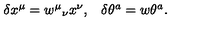
\begin{array} { c c } { \delta x ^ { \mu } = w ^ { \mu } { } _ { \nu } x ^ { \nu } , } & { \delta \theta ^ { a } = w \theta ^ { a } . } \\ \end{array}